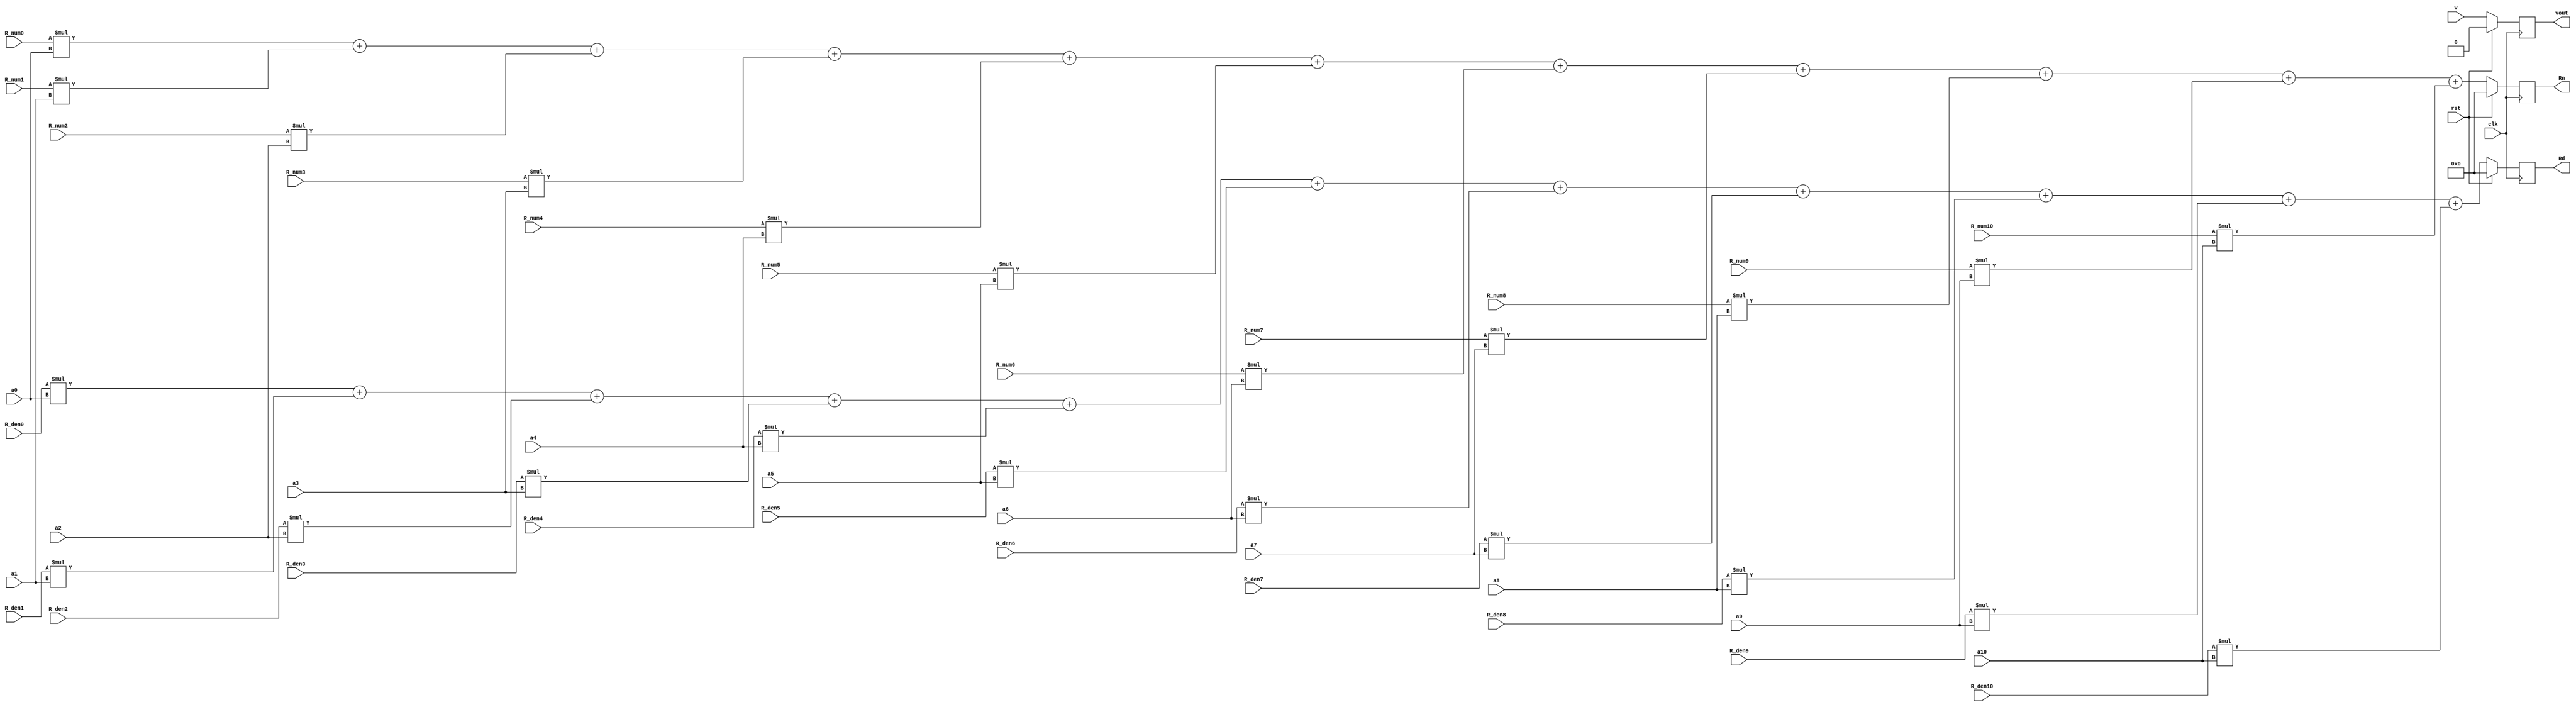
`timescale 1ns/1ns

module NumDen(input wire signed [15:0] R_num0,
			  input wire signed [15:0] R_num1,
			  input wire signed [15:0] R_num2,
			  input wire signed [15:0] R_num3,
			  input wire signed [15:0] R_num4,
			  input wire signed [15:0] R_num5,
			  input wire signed [15:0] R_num6,
			  input wire signed [15:0] R_num7,
			  input wire signed [15:0] R_num8,
			  input wire signed [15:0] R_num9,
			  input wire signed [15:0] R_num10,
			  input wire signed [15:0] R_den0,
			  input wire signed [15:0] R_den1,
			  input wire signed [15:0] R_den2,
			  input wire signed [15:0] R_den3,
			  input wire signed [15:0] R_den4,
			  input wire signed [15:0] R_den5,
			  input wire signed [15:0] R_den6,
			  input wire signed [15:0] R_den7,
			  input wire signed [15:0] R_den8,
			  input wire signed [15:0] R_den9,
			  input wire signed [15:0] R_den10,
			  input wire signed [15:0] a0,
			  input wire signed [15:0] a1,
			  input wire signed [15:0] a2,
			  input wire signed [15:0] a3,
			  input wire signed [15:0] a4,
			  input wire signed [15:0] a5,
			  input wire signed [15:0] a6,
			  input wire signed [15:0] a7,
			  input wire signed [15:0] a8,
			  input wire signed [15:0] a9,
			  input wire signed [15:0] a10,
			  input wire 			 v,
			  input wire			 clk,
			  input wire			 rst,
			  output reg signed[31:0] Rn /* synthesis multstyle = "logic" */,
			  output reg signed[31:0] Rd /* synthesis multstyle = "logic" */,
			  output reg 			vout);
			  
	  always @(posedge clk)
	  begin
		if (rst)
		begin
			Rn <= 16'b0;
			Rd <= 16'b0;
			vout <= 1'b0;
		end else
		begin
			Rn <= R_num0 * a0 + R_num1 * a1 + R_num2 * a2 + R_num3 * a3 + R_num4 * a4 + R_num5 * a5 + R_num6 * a6 + R_num7 * a7 + R_num8 * a8 + R_num9 * a9 + R_num10 * a10;
			Rd <= R_den0 * a0 + R_den1 * a1 + R_den2 * a2 + R_den3 * a3 + R_den4 * a4 + R_den5 * a5 + R_den6 * a6 + R_den7 * a7 + R_den8 * a8 + R_den9 * a9 + R_den10 * a10;
			vout <= v;
		end
	end
endmodule